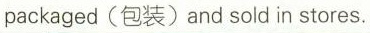
packaged(包装) and sold in stores.